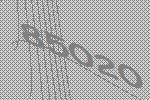
85020